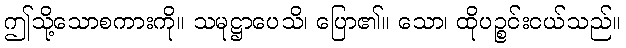
ဤသို့သောစကားကို။ သမုဋ္ဌာပေသိ၊ ပြော၏။ သော၊ ထိုပဉ္စင်းငယ်သည်။